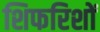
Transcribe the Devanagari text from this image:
शिफरिशों